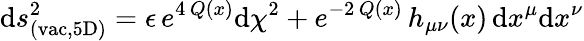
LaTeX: \mathrm{d}s_{\mathrm{{(vac,5D)}}}^{2}=\epsilon\, e^{4\, Q(x)}\mathrm{d}\chi^{2}+e^{-2\, Q(x)}\, h_{\mu\nu}(x)\, \mathrm{d}x^{\mu}\mathrm{d}x^{\nu}